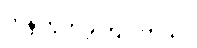
ကန့်ကွက်ခဲ့ကြပါတယ်။